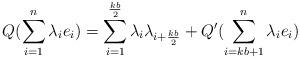
LaTeX: \begin{align*}Q(\sum_{i=1}^n \lambda_ie_i) = \sum_{i=1}^{\frac{kb}{2}} \lambda_i\lambda_{i+\frac{kb}{2}}+Q'(\sum_{i=kb+1}^n \lambda_ie_i)\end{align*}